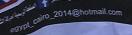
egypt_cairo_2014@hotmail.com